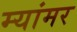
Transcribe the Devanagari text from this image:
म्यांमर